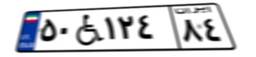
۶۹W۴۶۵۸۲